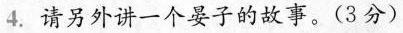
4.请另外讲一个晏子的故事。(2分)